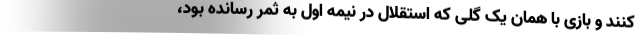
کنند و بازی با همان یک گلی که استقلال در نیمه اول به ثمر رسانده بود،